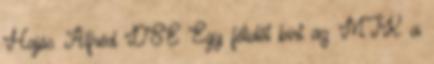
Hajós Alfréd DSE Egy félidőt bírt az MTK a